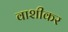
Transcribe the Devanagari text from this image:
वाशीकर